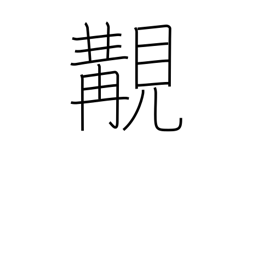
Meaning: happening to meet